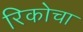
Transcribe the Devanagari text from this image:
रिकोचा